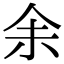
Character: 𪜬